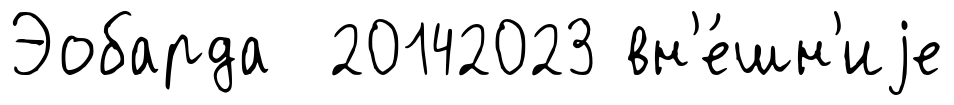
Эобарда 20142023 вн'е́шн'иjе